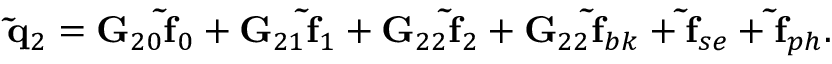
{ \bf \tilde { q } } _ { 2 } = { \bf G } _ { 2 0 } { \bf \tilde { f } } _ { 0 } + { \bf G } _ { 2 1 } { \bf \tilde { f } } _ { 1 } + { \bf G } _ { 2 2 } { \bf \tilde { f } } _ { 2 } + { \bf G } _ { 2 2 } { \bf \tilde { f } } _ { b k } + { \bf \tilde { f } } _ { s e } + { \bf \tilde { f } } _ { p h } .